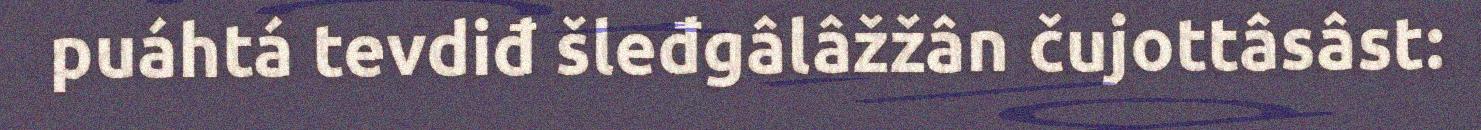
puáhtá tevdiđ šleđgâlâžžân čujottâsâst: